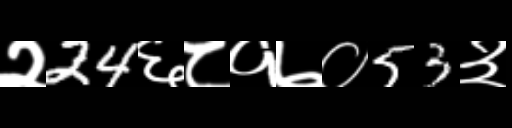
Text: २24६८१७०53३